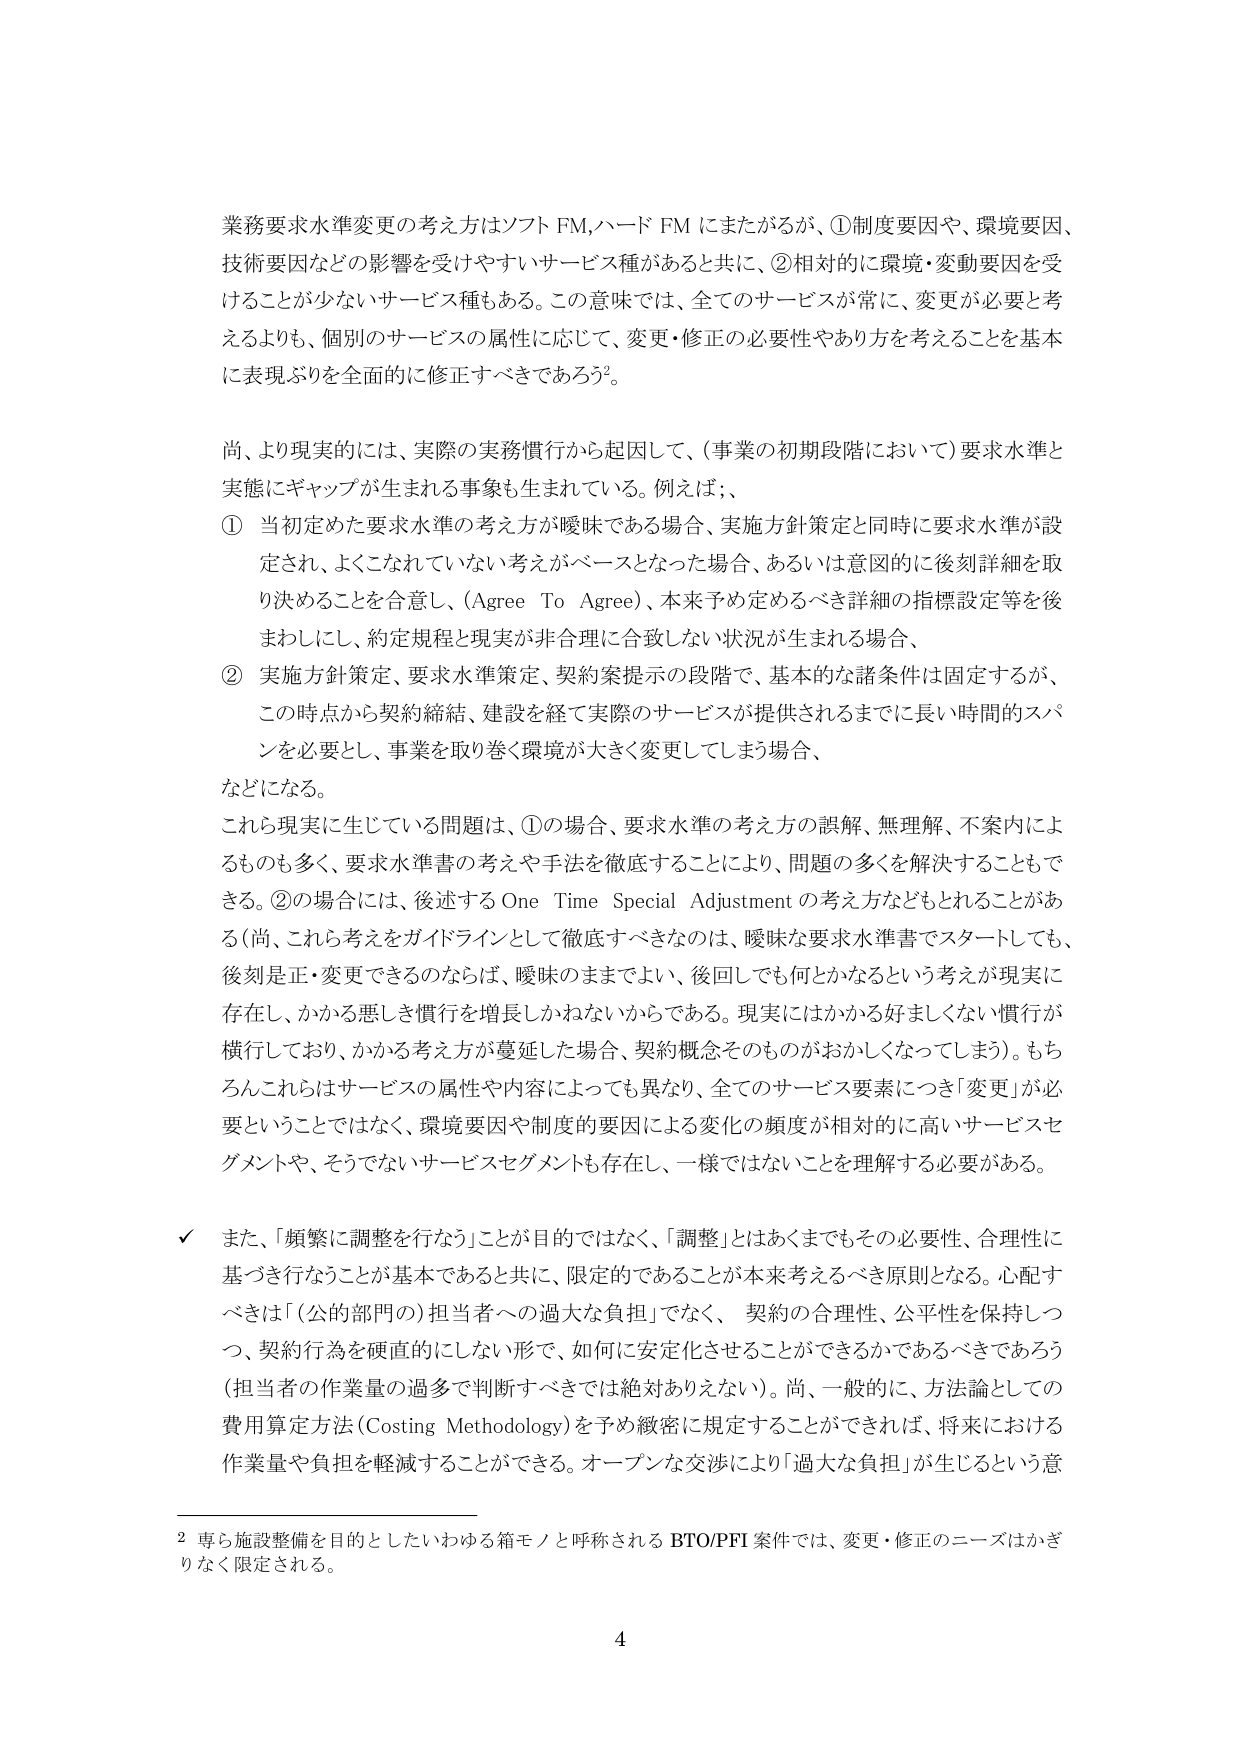
業務要求水準変更の考え方はソフト FM,ハード FM にまたがるが、①制度要因や、環境要因、技術要因などの影響を受けやすいサービス種があると共に、②相対的に環境・変動要因を受けることが少ないサービス種もある。この意味では、全てのサービスが常に、変更が必要と考えるよりも、個別のサービスの属性に応じて、変更・修正の必要性やあり方を考えることを基本に表現ぶりを全面的に修正すべきであろう²。

尚、より現実的には、実際の実務慣行から起因して、（事業の初期段階において）要求水準と実態にギャップが生まれる事象も生まれている。例えば；、

① 当初定めた要求水準の考え方が曖昧である場合、実施方針策定と同時に要求水準が設定され、よくこなれていない考えがベースとなった場合、あるいは意図的に後刻詳細を取り決めることを合意し、（Agree To Agree）、本来予め定めるべき詳細の指標設定等を後まわしにし、約定規程と現実が非合理に合致しない状況が生まれる場合、

② 実施方針策定、要求水準策定、契約案提示の段階で、基本的な諸条件は固定するが、この時点から契約締結、建設を経て実際のサービスが提供されるまでに長い時間的スパンを必要とし、事業を取り巻く環境が大きく変更してしまう場合、

などになる。

これら現実に生じている問題は、①の場合、要求水準の考え方の誤解、無理解、不案内によるものも多く、要求水準書の考えや手法を徹底することにより、問題の多くを解決することもできる。②の場合には、後述する One Time Special Adjustment の考え方などもとれることがある（尚、これら考えをガイドラインとして徹底すべきなのは、曖昧な要求水準書でスタートしても、後刻是正・変更できるのならば、曖昧のままでよい、後回しでも何とかなるという考えが現実に存在し、かかる悪しき慣行を増長しかねないからである。現実にはかかる好ましくない慣行が横行しており、かかる考え方が蔓延した場合、契約概念そのものがおかしくなってしまう）。もちろんこれらはサービスの属性や内容によっても異なり、全てのサービス要素につき「変更」が必要ということではなく、環境要因や制度的要因による変化の頻度が相対的に高いサービスセグメントや、そうでないサービスセグメントも存在し、一様ではないことを理解する必要がある。

✓ また、「頻繁に調整を行なう」ことが目的ではなく、「調整」とはあくまでもその必要性、合理性に基づき行なうことが基本であると共に、限定的であることが本来考えるべき原則となる。心配すべきは「（公的部門の）担当者への過大な負担」でなく、契約の合理性、公平性を保持しつつ、契約行為を硬直的にしない形で、如何に安定化させることができるかであるべきであろう（担当者の作業量の過多で判断すべきでは絶対ありえない）。尚、一般的に、方法論としての費用算定方法（Costing Methodology）を予め緻密に規定することができれば、将来における作業量や負担を軽減することができる。オープンな交渉により「過大な負担」が生じるという意

² 専ら施設整備を目的としたいわゆる箱モノと呼称される BTO/PFI 案件では、変更・修正のニーズはかぎりなく限定される。

4